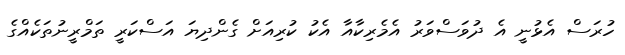
ހުރަސް އެޅުނީ އެ ދުވަސްވަރު އެމެރިކާއާ އެކު ކުރިއަށް ގެންދިޔަ އަސްކަރީ ތަމްރީނުތަކެއްގެ